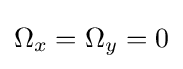
\Omega _{x}=\Omega _{y}=0